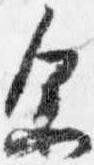
余